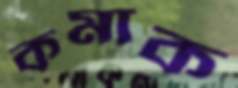
কমাক